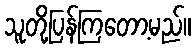
သူတို့ပြန်ကြတော့မည်။